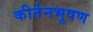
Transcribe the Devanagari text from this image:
कीर्तनभूषण